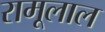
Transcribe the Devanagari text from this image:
रामूलाल